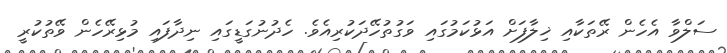
ސަލްވާ އެހެން ރޭތަކާއި ޚިލާފަށް އަޅުކަމުގައި ވަގުތުހޭދަކުރިއެވެ. ހެދުނުގަޑީގައި ނިދާފައި މުޅިރޭހެން ވޭތުކުރީ